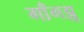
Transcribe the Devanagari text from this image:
गाँगझू